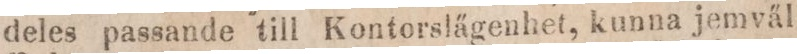
deles passande till Kontorslägenhet, kunna jemväl